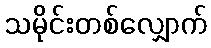
သမိုင်းတစ်လျှောက်